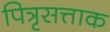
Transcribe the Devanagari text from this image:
पित्रृसत्ताक